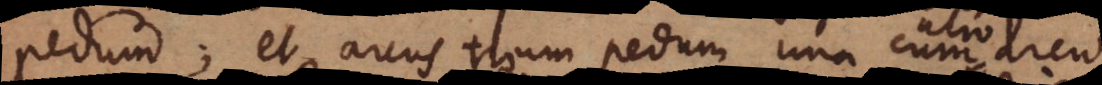
pedum; et arcus trium pedum una cum arcu